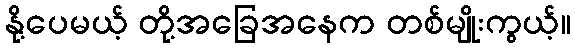
နို့ပေမယ့် တို့အခြေအနေက တစ်မျိုးကွယ့်။